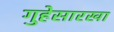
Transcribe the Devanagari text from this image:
गुहेसारखा